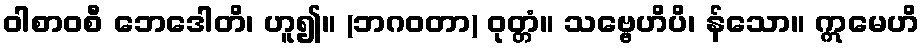
ဝါစာဝစီ ဘေဒေါတိ၊ ဟူ၍။ (ဘဂဝတာ) ဝုတ္တံ။ သဗ္ဗေဟိပိ၊ န်သော။ ဣမေဟိ